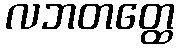
လဘတတ္ထေ